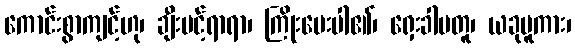
ကောင်းစွာကျင့်ဟု၊ ချီးပင့်ရာရာ၊ ကြိုးပေးပါ၏၊ ရှေးခါမတူ၊ ယခုမူကား၊